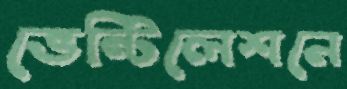
ভেন্টিলেশনে